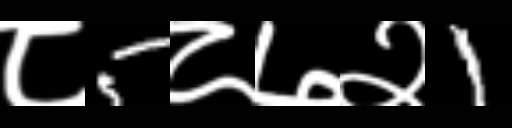
Text: ८5८७२1